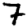
Digit: 7